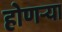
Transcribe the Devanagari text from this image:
होणऱ्या